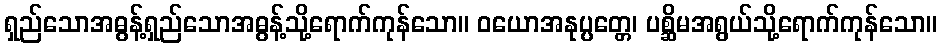
ရှည်သောအဓွန့်ရှည်သောအဓွန့်သို့ရောက်ကုန်သော။ ဝယောအနုပ္ပတ္တေ၊ ပစ္ဆိမအရွယ်သို့ရောက်ကုန်သော။